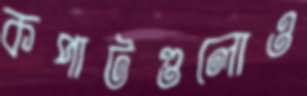
কপাটগুলোও